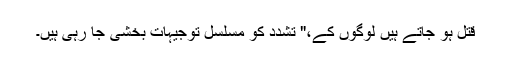
قتل ہو جاتے ہیں لوگوں کے،" تشدد کو مسلسل توجیہات بخشی جا رہی ہیں۔